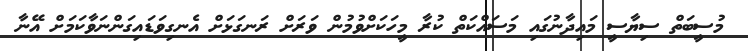
މުސީބަތް ސިޔާސީ މައިދާނުގައި މަސައްކަތް ކުރާ މީހަކަށްވުމުން ވަރަށް ރަނގަޅަށް އެނގިވަޑައިގަންނަވާކަމަށް އޭނާ